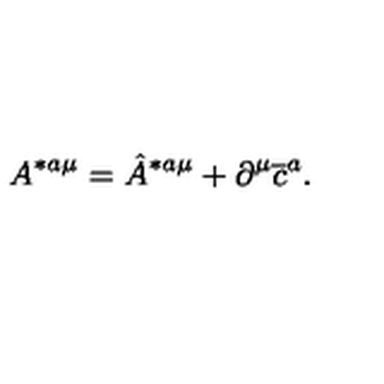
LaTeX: A ^ { * a \mu } = \hat { A } ^ { * a \mu } + \partial ^ { \mu } \overline { { c } } ^ { a } .